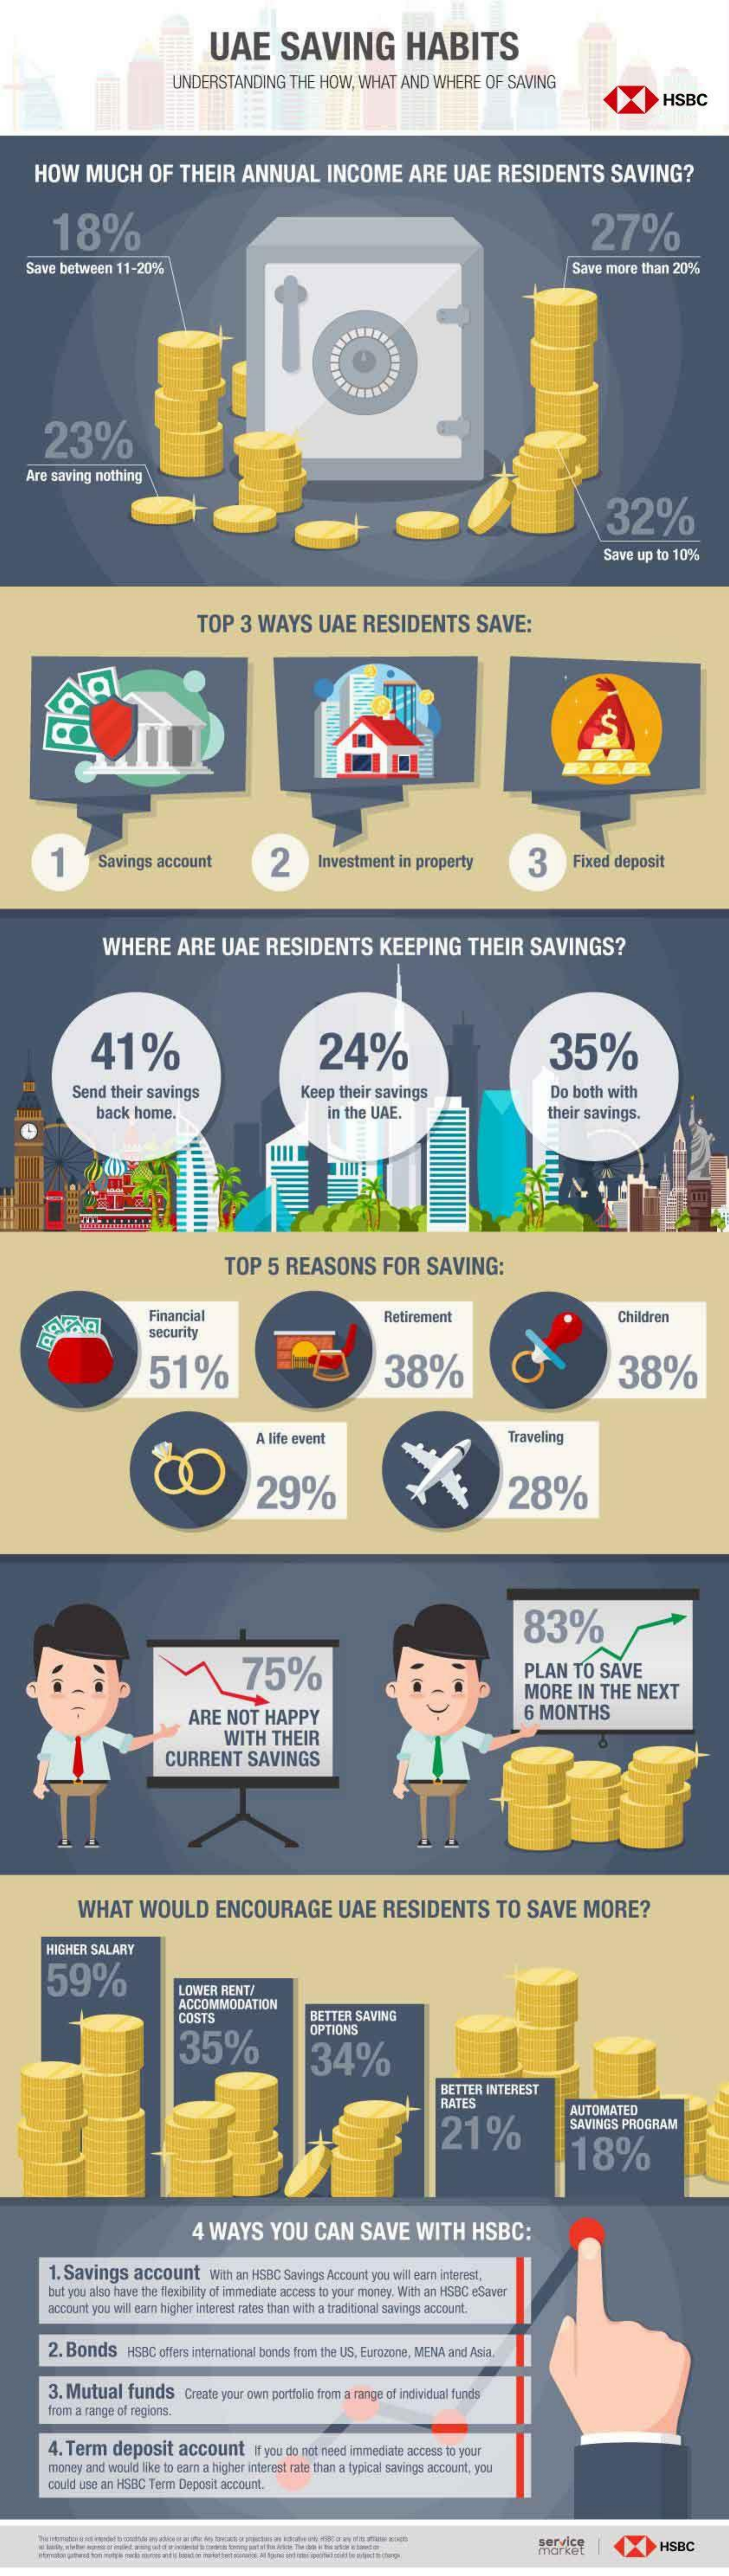
UAE    SAVING    HABITS
     UNDERSTANDING    THE  HOW,  WHAT   AND  WHERE   OF  SAVING
     HSBC
     HOW    MUCH    OF   THEIR    ANNUAL    INCOME    ARE    UAE    RESIDENTS    SAVING?
     18%    27%
    Save between  11-20%    Save more  than 20%
     23%
    Are saving nothing
     32%
     Save up to 10%
     TOP    3 WAYS    UAE   RESIDENTS    SAVE:
     1    Savings account    2    Investment  in property    3    Fixed deposit
     WHERE    ARE    UAE    RESIDENTS    KEEPING    THEIR    SAVINGS?
     41%    24%    35%
     Send their savings    Keep  their savings    Do both with
     back  home.    in the UAE.    their savings.
     TOP   5 REASONS    FOR    SAVING:
     Financial    Retirement    Children
     security
     51%    38%    38%
     A life event    Traveling
     29%    28%
     83%
     75%    PLAN    TO  SAVE
     MORE    IN  THE   NEXT
     ARE   NOT  HAPPY    6 MONTHS
     WITH    THEIR
     CURRENT    SAVINGS
     WHAT    WOULD    ENCOURAGE    UAE    RESIDENTS    TO  SAVE    MORE?
     HIGHER SALARY
     59%
     LOWER  RENT/
     ACCOMMODATION
     COSTS    BETTER SAVING
     35%
     OPTIONS
     34%
     BETTER INTEREST
     RATES
     21%
     AUTOMATED
     SAVINGS PROGRAM
     18%
     4 WAYS    YOU    CAN    SAVE    WITH    HSBC:
     1. Savings    account    With an HSBC Savings Account you will earn interest,
     but you also have the flexibility of immediate access to your money. With an HSBC eSaver
     account you will earn higher interest rates than with a traditional savings account.
     2. Bonds   HSBC  offers international bonds from the US, Eurozone, MENA and Asia.
     3. Mutual   funds    Create your own portfolio from a range of individual funds
     from a range of regions.
     4. Term   deposit   account    if you do not need immediate access to your
     money and would like to earn a higher interest rate than a typical savings account, you
     could use an HSBC Term Deposit account.
     HSBC